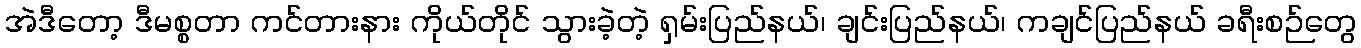
အဲဒီတော့ ဒီမစ္စတာ ကင်တားနား ကိုယ်တိုင် သွားခဲ့တဲ့ ရှမ်းပြည်နယ်၊ ချင်းပြည်နယ်၊ ကချင်ပြည်နယ် ခရီးစဉ်တွေ